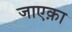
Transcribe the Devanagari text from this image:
जाएक़ा